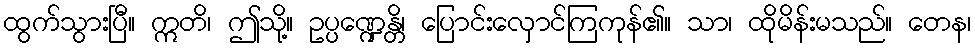
ထွက်သွားပြီ။ ဣတိ၊ ဤသို့။ ဥပ္ပဏ္ဍေန္တိ၊ ပြောင်းလှောင်ကြကုန်၏။ သာ၊ ထိုမိန်းမသည်။ တေန၊